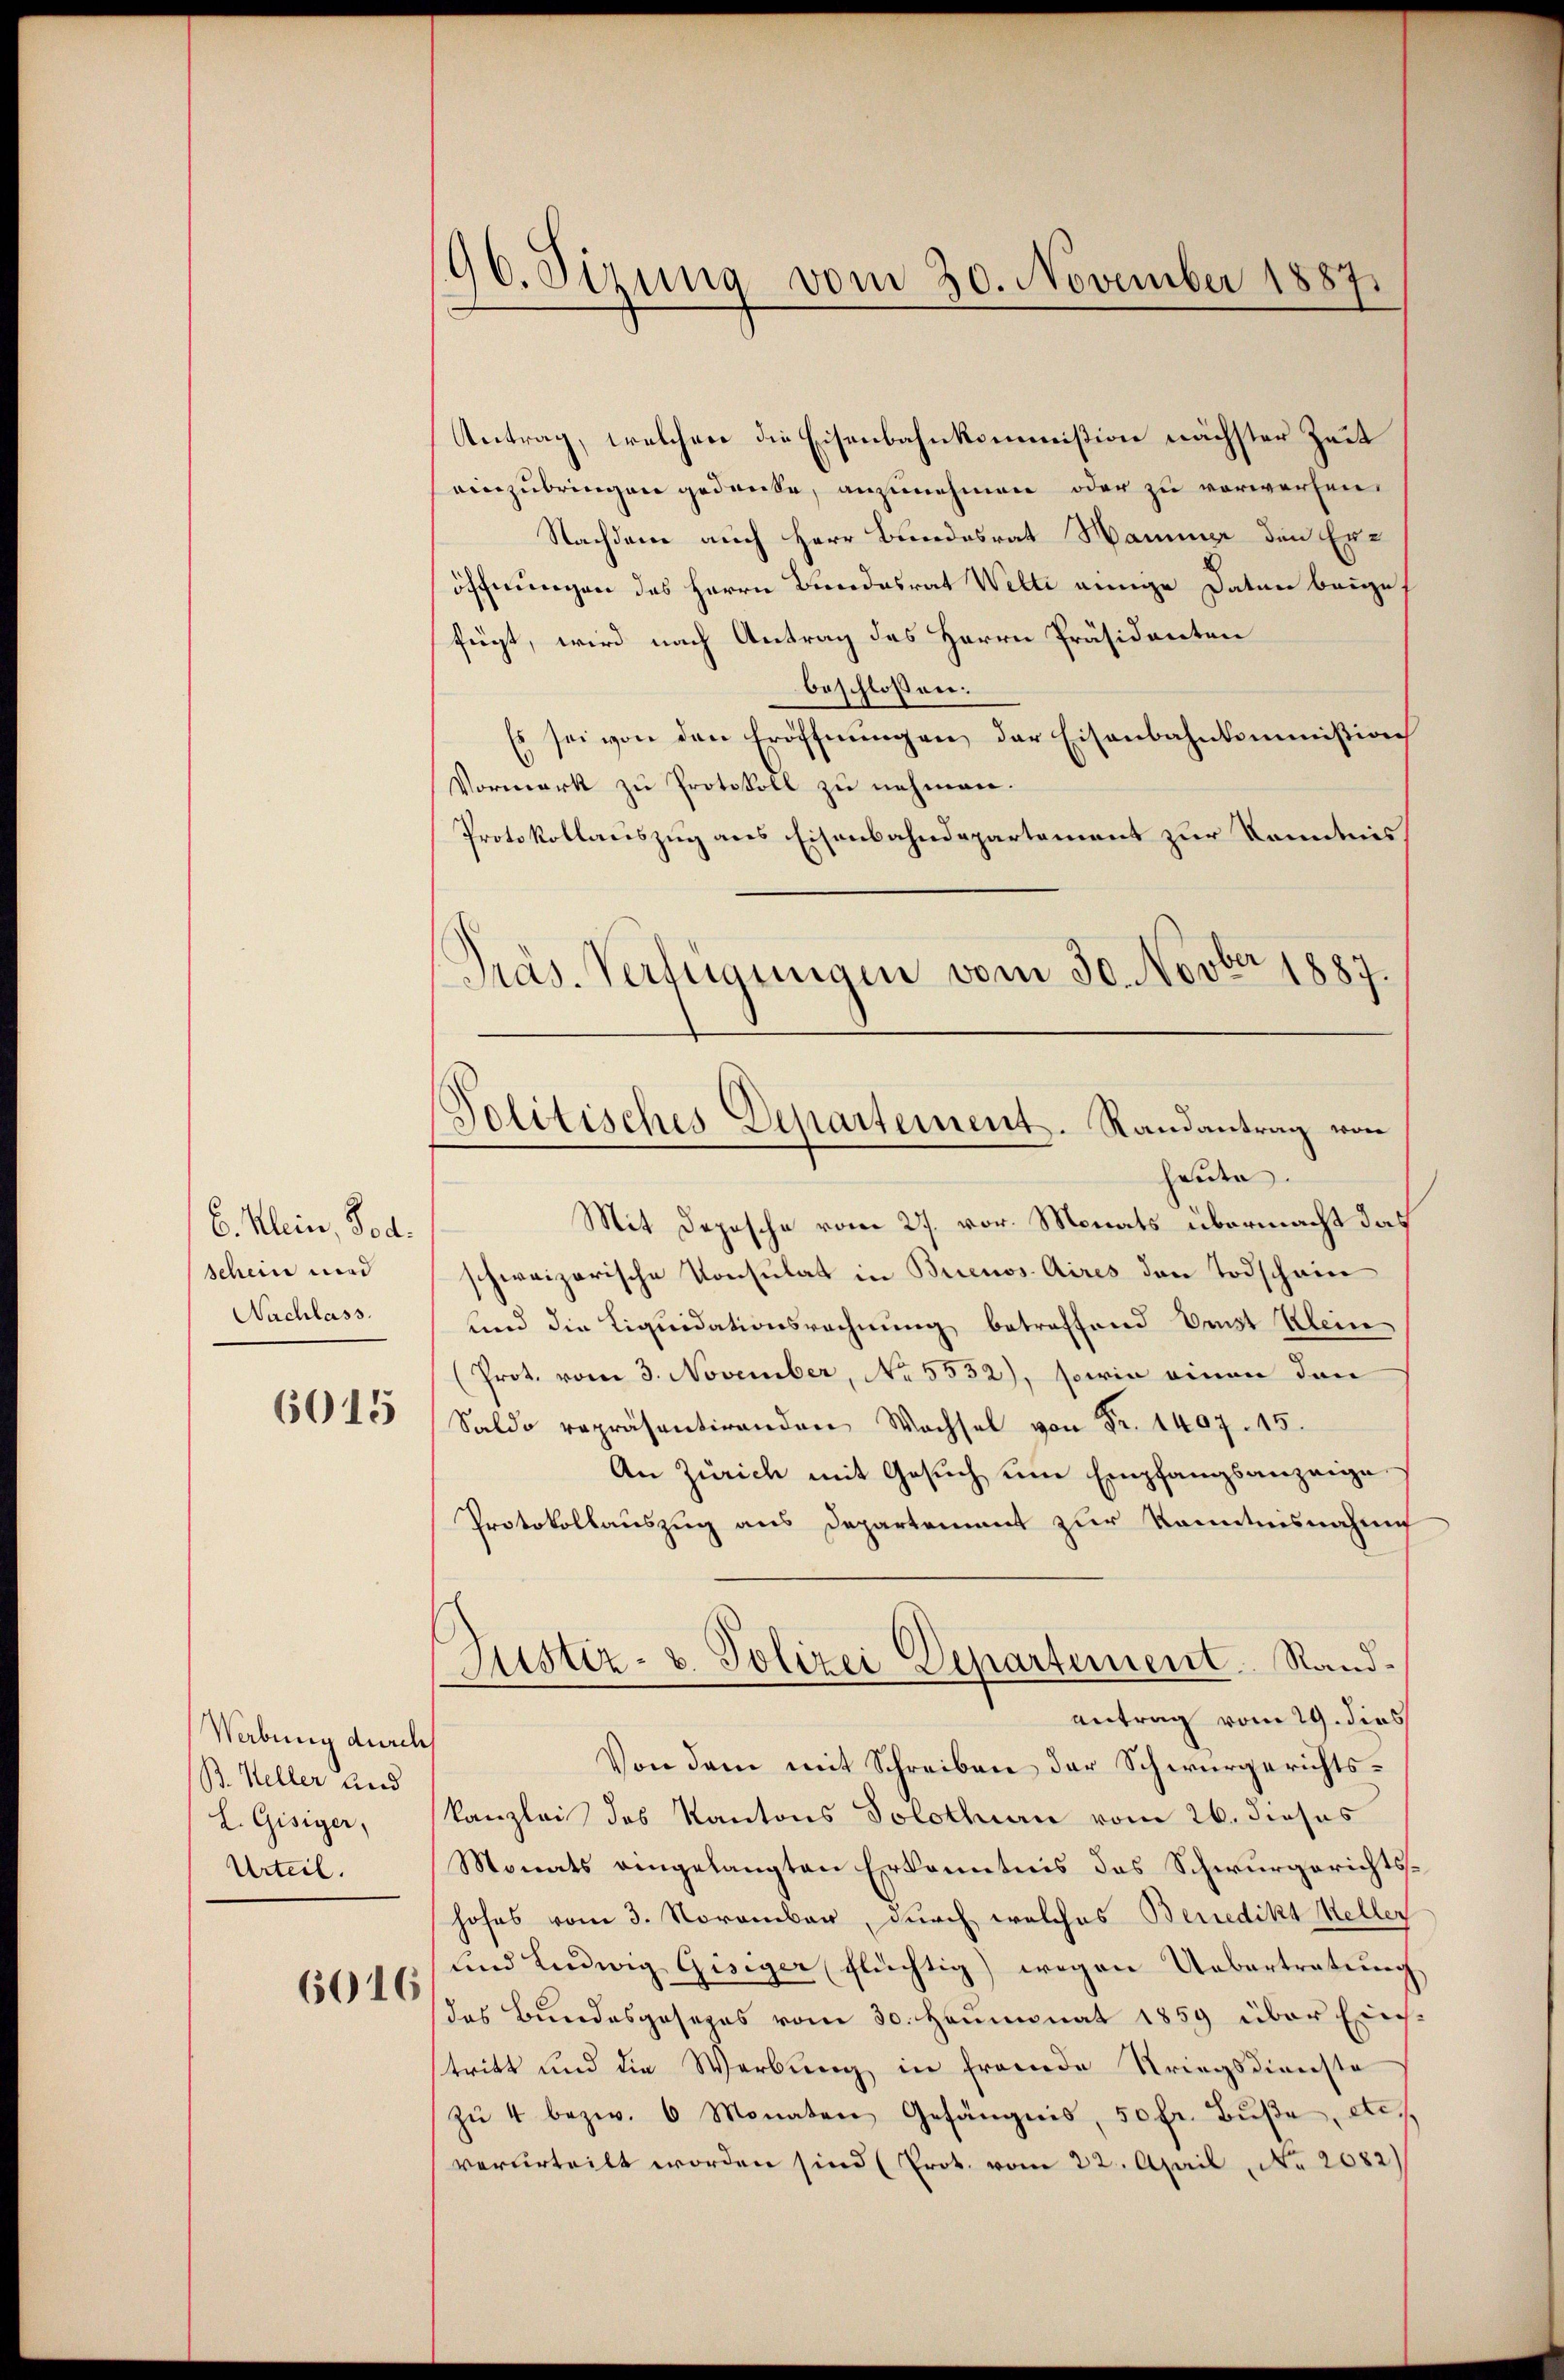
6. Klein, od.
schein wird
Nachlass.
6015

Werbung durch
B. Heller and
L. Gisiger,
Urteil.

6016

96. Sizung vom 30. November 1887

Antrag, welchen die Eisenbahnkommission nächster Zeit
einzubringen gedanke, anzunehmen oder zu verwerfen.
Nachdem auch Herr Bundesrat Nammer den Eröffnungen des Herrn Bundesrat Welti einige Daten baue
fügt, wird nach Antrag des Herrn Präsidenten
beschlossen.
Es sei von den Eröffnungen der Eisenbahnkommission
Vormerk zu Protokoll zu nehmen.
Protokollauszug aus Eisenbahndepartement zur Kenntnis
heute.
Mit Depesche vom 27. vor. Monats übermacht das
schweizerische Konsulat in Buenos Aires den Todschein
und die Liquidationsrechnung betreffend Umst Klein
(Prot. vom 3. November, No 5532), sowie einen den
Saldo repräsentirenden Wachsel von Fr. 1407. 15.
An Zürich mit Gesuch um Empfangsanzeiges
Protokollauszug aus Departement zur Kenntnisnahme
Justiz- u. Polizei Departement. Sandantrag vom 29. dies
Von dem mit Schreiben der Schwurgerichts¬
Kanzlei des Kantons Solothurn vom 26. dieses
Monats eingelangten Erkenntnis das Schwurgerichtshofes vom 3. November, durch welches Benedikt Keller
und Ludwig Gisiger flüchtig) wegen Uebertretung
das Bundesgesezes vom 30. Heumonat 1859 über Erich-
stritt und die Werbung in fremde Kriegsdienste
zŭ 4 bezw. 6 Monaten Gefängnis, 50 fr. Buße, etc.
verurteilt worden sind (Prot. vom 22. April, No 2082)

Politisches Departement-Randantrag von

Präs. Verfügungen vom 30. Novber 1887.